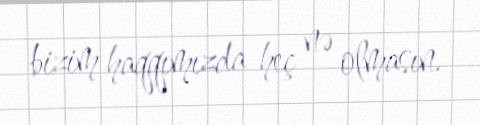
bizim haqqımızda heç nə olmasın.